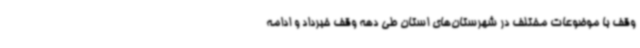
وقف با موضوعات مختلف در شهرستان‌های استان طی دهه وقف خبرداد و ادامه